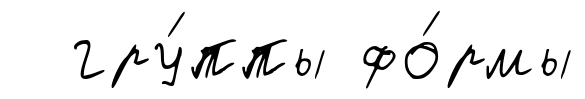
гру́ппы фо́рмы